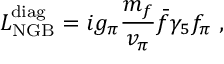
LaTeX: { \cal { L } } _ { \mathrm { N G B } } ^ { \mathrm { d i a g } } = i g _ { \pi } \frac { m _ { f } } { v _ { \pi } } \bar { f } \gamma _ { 5 } f _ { \pi } ~ ,